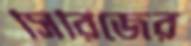
সিরিজের